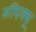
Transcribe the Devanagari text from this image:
सीएक्यू